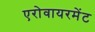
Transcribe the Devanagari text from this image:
एरोवायरमेंट